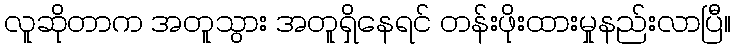
လူဆိုတာက အတူသွား အတူရှိနေရင် တန်းဖိုးထားမှုနည်းလာပြီ။